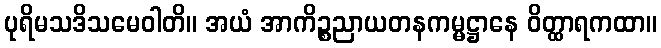
ပုရိမသဒိသမေဝါတိ။ အယံ အာကိဉ္စညာယတနကမ္မဋ္ဌာနေ ဝိတ္ထာရကထာ။